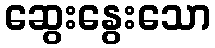
ဆွေးနွေးသော